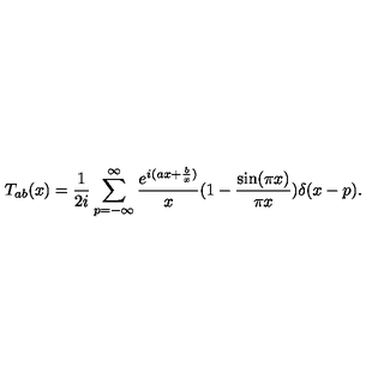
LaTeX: T _ { a b } ( x ) = { \frac { 1 } { 2 i } } \sum _ { p = - \infty } ^ { \infty } { \frac { e ^ { i ( a x + { \frac { b } { x } } ) } } { x } } ( 1 - { \frac { \sin ( \pi x ) } { \pi x } } ) \delta ( x - p ) .